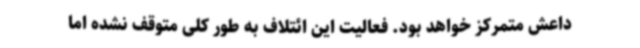
داعش متمرکز خواهد بود. فعالیت این ائتلاف به طور کلی متوقف نشده اما